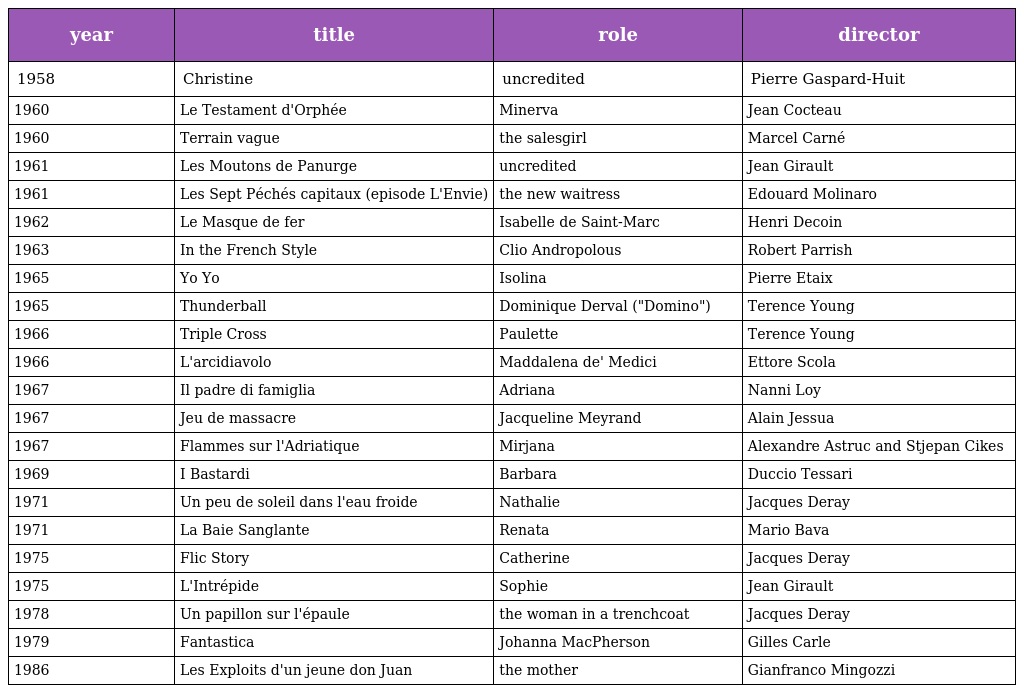
| year | title | role | director |
 | --- | --- | --- | --- |
 | 1958 | Christine | uncredited | Pierre Gaspard-Huit |
 | 1960 | Le Testament d'Orphée | Minerva | Jean Cocteau |
 | 1960 | Terrain vague | the salesgirl | Marcel Carné |
 | 1961 | Les Moutons de Panurge | uncredited | Jean Girault |
 | 1961 | Les Sept Péchés capitaux (episode L'Envie) | the new waitress | Edouard Molinaro |
 | 1962 | Le Masque de fer | Isabelle de Saint-Marc | Henri Decoin |
 | 1963 | In the French Style | Clio Andropolous | Robert Parrish |
 | 1965 | Yo Yo | Isolina | Pierre Etaix |
 | 1965 | Thunderball | Dominique Derval ("Domino") | Terence Young |
 | 1966 | Triple Cross | Paulette | Terence Young |
 | 1966 | L'arcidiavolo | Maddalena de' Medici | Ettore Scola |
 | 1967 | Il padre di famiglia | Adriana | Nanni Loy |
 | 1967 | Jeu de massacre | Jacqueline Meyrand | Alain Jessua |
 | 1967 | Flammes sur l'Adriatique | Mirjana | Alexandre Astruc and Stjepan Cikes |
 | 1969 | I Bastardi | Barbara | Duccio Tessari |
 | 1971 | Un peu de soleil dans l'eau froide | Nathalie | Jacques Deray |
 | 1971 | La Baie Sanglante | Renata | Mario Bava |
 | 1975 | Flic Story | Catherine | Jacques Deray |
 | 1975 | L'Intrépide | Sophie | Jean Girault |
 | 1978 | Un papillon sur l'épaule | the woman in a trenchcoat | Jacques Deray |
 | 1979 | Fantastica | Johanna MacPherson | Gilles Carle |
 | 1986 | Les Exploits d'un jeune don Juan | the mother | Gianfranco Mingozzi |